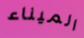
الميناء